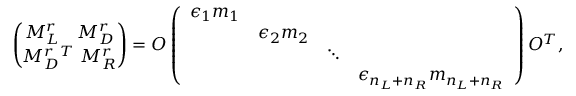
{ \binom { M _ { L } ^ { r } \ \ \ M _ { D } ^ { r } } { M _ { D } ^ { r \ T } \ M _ { R } ^ { r } } } = O \left( \begin{array} { c c c c } { { \epsilon _ { 1 } m _ { 1 } } } & { { } } & { { } } & { { } } \\ { { } } & { { \epsilon _ { 2 } m _ { 2 } } } & { { } } & { { } } \\ { { } } & { { } } & { { \ddots } } & { { } } \\ { { } } & { { } } & { { } } & { { \epsilon _ { n _ { L } + n _ { R } } m _ { n _ { L } + n _ { R } } } } \end{array} \right) O ^ { T } ,